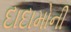
દાદામોની